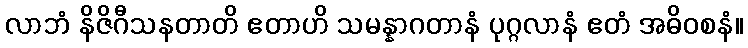
လာဘံ နိဇိဂီသနတာတိ ဧတာဟိ သမန္နာဂတာနံ ပုဂ္ဂလာနံ ဧတံ အဓိဝစနံ။